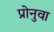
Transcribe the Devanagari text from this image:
प्रोनुवा